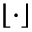
\lfloor \cdot \rfloor